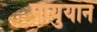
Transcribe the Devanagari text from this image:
पायुयान